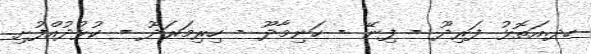
ހދ.އަތޮޅު ފަރިދޫ - ފިނޭ - ހަނިމާދޫ - ހިރިމަރަދޫ - ކުޅުދުއްފުށި